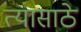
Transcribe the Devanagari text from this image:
त्यासाठे